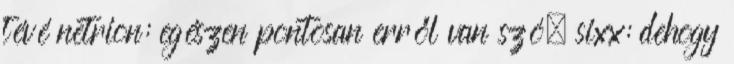
tévé netrion: egészen pontosan erről van szó. sixx: dehogy